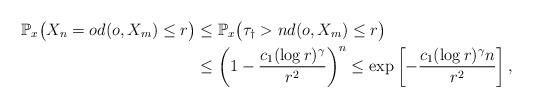
LaTeX: \begin{align*} \mathbb{P}_x\bigl(X_n=o d(o,X_m) \leq r \bigr) &\leq \mathbb{P}_x\bigl(\tau_\dagger > n d(o,X_m) \leq r \bigr)\\ &\leq \left(1-\frac{c_1 (\log r)^\gamma}{r^2}\right)^n \leq \exp\left[- \frac{c_1(\log r)^\gamma n}{r^2}\right], \end{align*}